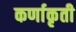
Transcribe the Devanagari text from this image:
कर्णाकृती